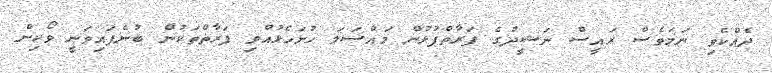
ދެއްކެވި ނަމަވެސް ރައީސް ނަޝީދުގެ ފަރާތްޕުޅުން މައްސަލަ ހުށަހެޅުއްވި ފަރާތްތަކުން ބުނެފައިވަނީ ވޯކިން